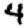
Digit: 4